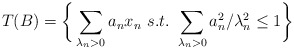
\begin{align*}T(B) = \bigg\{\sum_{\lambda_n > 0}a_nx_n \ s.t. \ \sum_{\lambda_n > 0}{a_n^2}/{\lambda_n^2} \leq 1\bigg\}\end{align*}